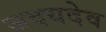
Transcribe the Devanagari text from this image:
जदयदेव